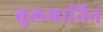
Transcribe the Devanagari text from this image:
बुलगानिन